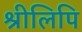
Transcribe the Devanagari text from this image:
श्रीलिपि